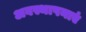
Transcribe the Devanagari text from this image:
अवस्थापनाएं